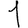
Digit: 1